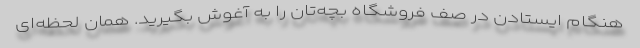
هنگام ایستادن در صف فروشگاه بچه‌تان را به آغوش بگیرید. همان لحظه‌ای